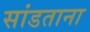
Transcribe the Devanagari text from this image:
सांडताना